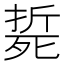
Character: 𣩂